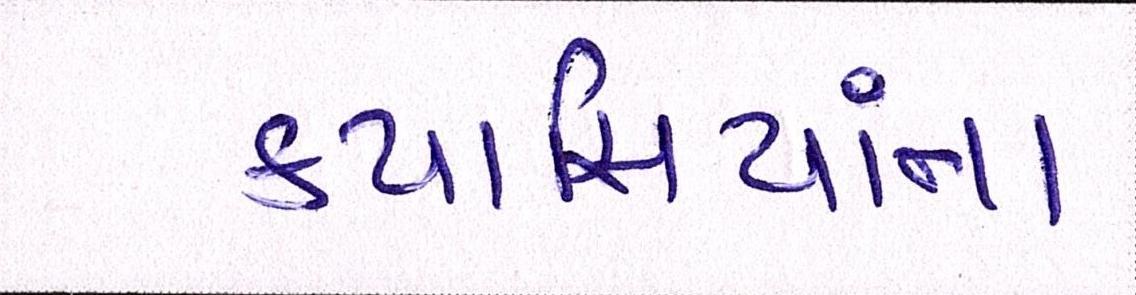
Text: કપાસિયાંના